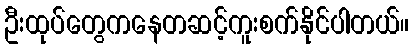
ဦးထုပ်တွေကနေတဆင့်ကူးစက်နိုင်ပါတယ်။